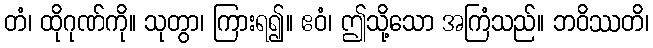
တံ၊ ထိုဂုဏ်ကို။ သုတွာ၊ ကြားရ၍။ ဧဝံ၊ ဤသို့သော အကြံသည်။ ဘဝိဿတိ၊